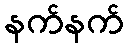
နက်နက်